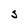
Character: S